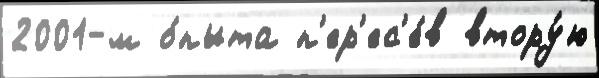
2001-м о́пыта п'ер'ес'е́в втору́ю